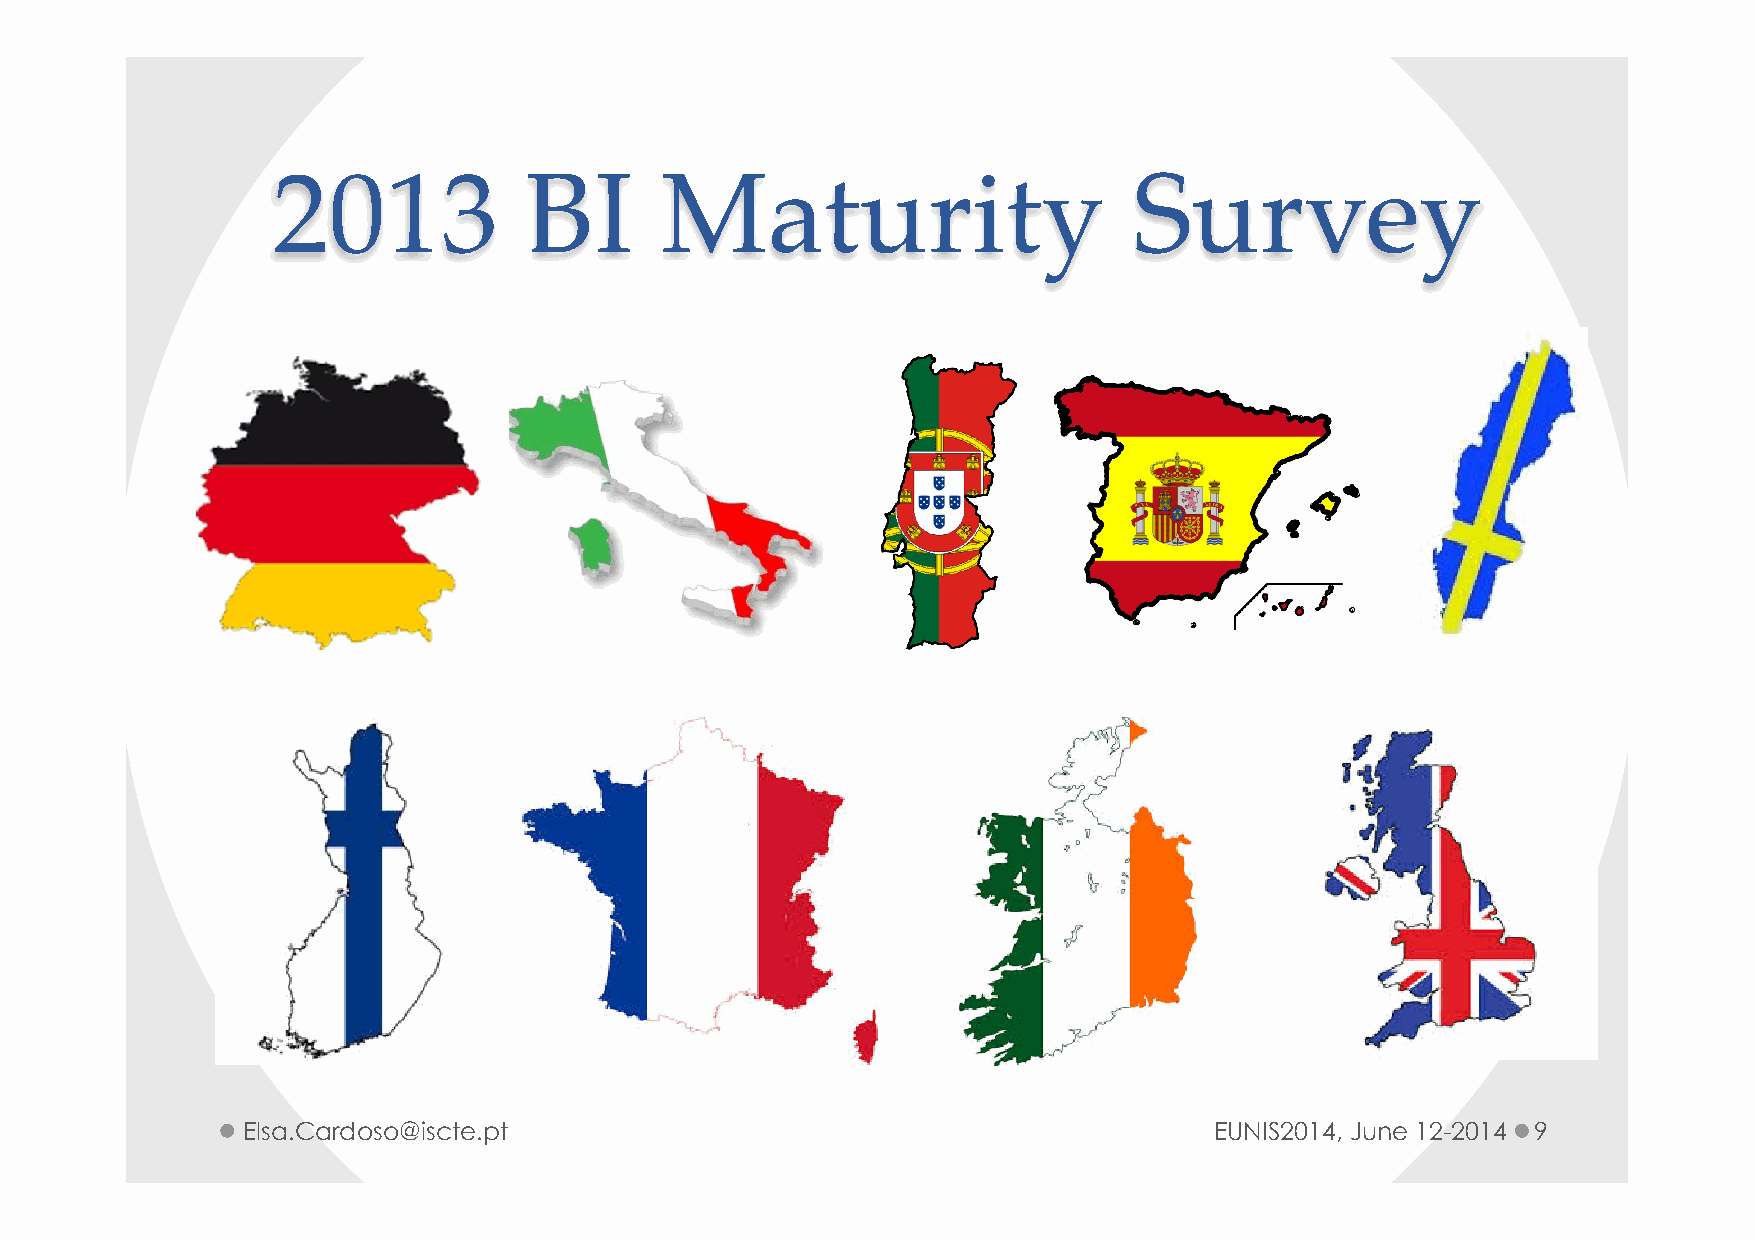
2013             BI       Maturity                       Survey
 Elsa.Cardoso@iscte.pt                                           EUNIS2014, June 12-2014 9